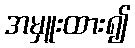
အမှူးထား၍